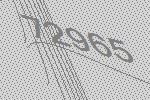
72965